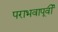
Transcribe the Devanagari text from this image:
पराभवापूर्वी